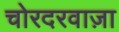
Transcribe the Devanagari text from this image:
चोरदरवाज़ा